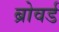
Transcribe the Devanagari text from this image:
ब्रोवर्ड